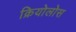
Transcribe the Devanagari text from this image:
क्रियोलोस